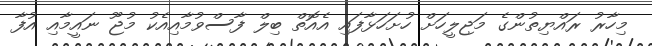
މިހާރު ރައްޔިތުންގެ މަޖިލީހަށް ހުށަހަޅާފައި އެއޮތް ބިލް ފާސްވުމާއިއެކު މުޖޫ ނައީމާއި އުފާ